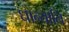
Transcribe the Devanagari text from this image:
धान्यानि